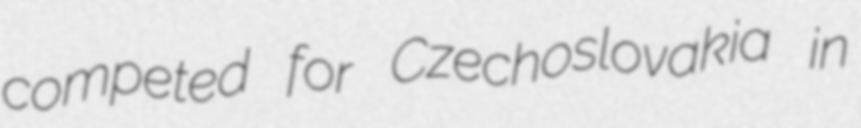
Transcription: competed for Czechoslovakia in